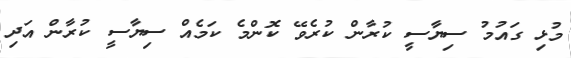
މުޅި ގައުމު ސިޔާސީ ކުރާން ކުރެވޭ ކޮންމެ ކަމެއް ސިޔާސީ ކުރާން އަދި